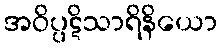
အဝိပ္ပဋိသာရိနိယော